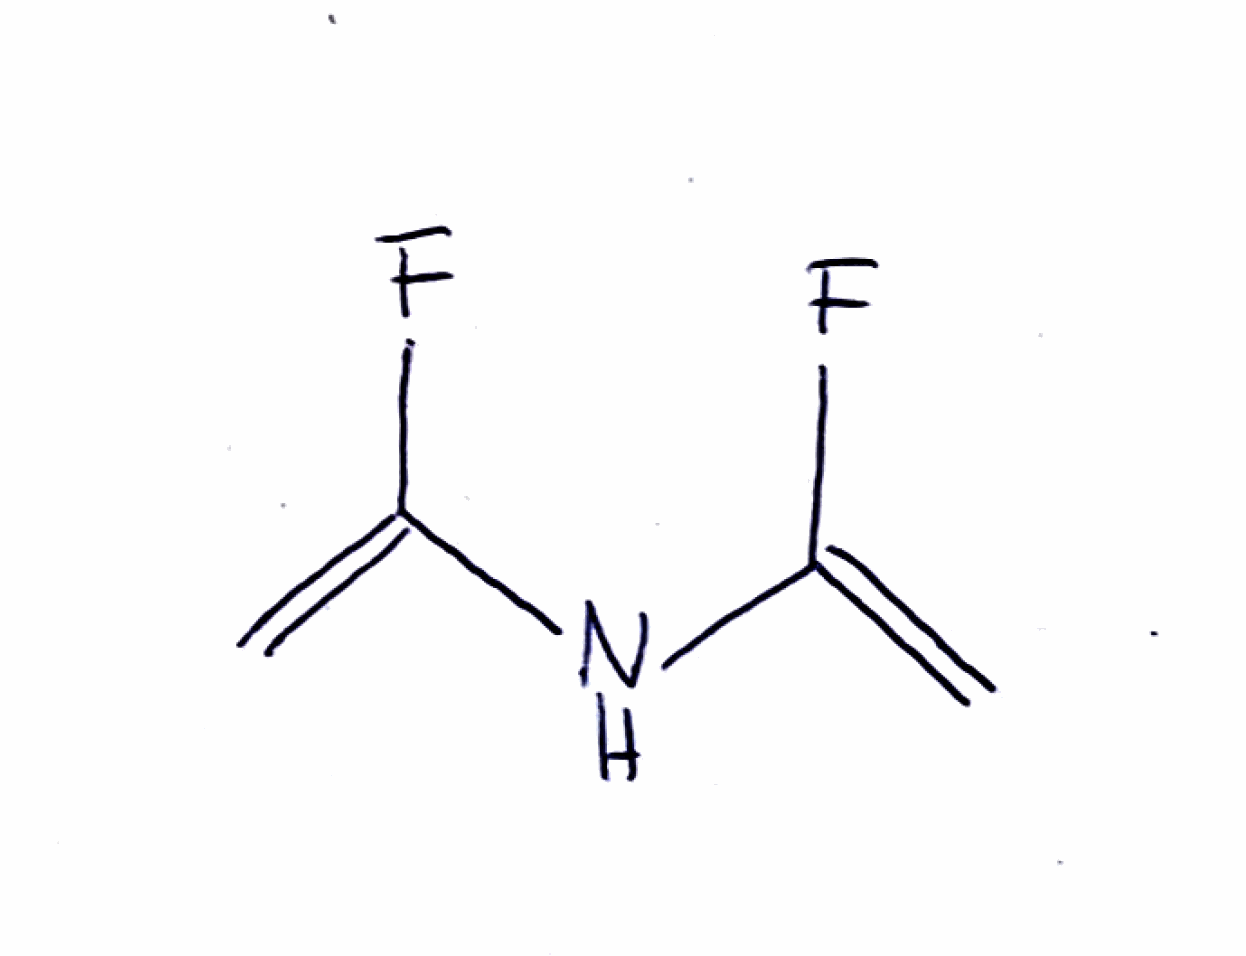
Simplified molecular-input line-entry system (SMILES) notation of the given molecule:
C=C(NC(=C)F)F